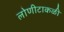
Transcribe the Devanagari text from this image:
लोणीटाकळी